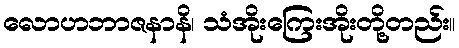
လောဟဘာဇနာနိ၊ သံအိုးကြေးအိုးတို့တည်း။